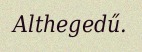
Althegedű.